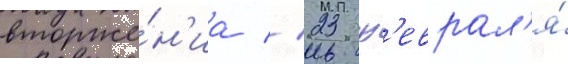
вторже́н'иа // 23 ф'еврал'я́